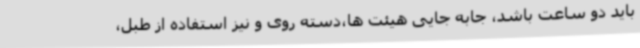
باید دو ساعت باشد، جابه جایی هیئت ها،دسته روی و نیز استفاده از طبل،